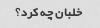
خلبان چه کرد؟